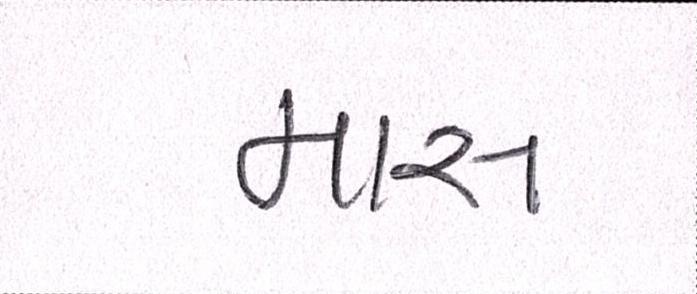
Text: માસ